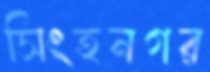
সিংহনগর